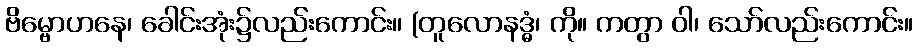
ဗိမ္ဗောဟနေ၊ ခေါင်းအုံး၌လည်းကောင်း။ (တူလောနဒ္ဓံ၊ ကို။ ကတွာ ဝါ၊ သော်လည်းကောင်း။